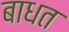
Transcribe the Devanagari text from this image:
बाधत